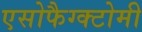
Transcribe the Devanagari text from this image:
एसोफैग्क्टोमी